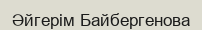
Әйгерім Байбергенова